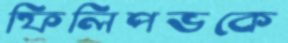
ফিলিপভকে